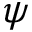
\psi